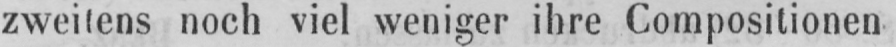
zweitens noch viel weniger ihre Compositionen